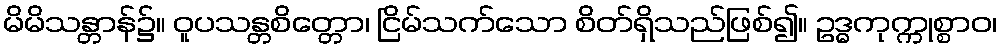
မိမိသန္တာန်၌။ ဝူပသန္တစိတ္တော၊ ငြိမ်သက်သော စိတ်ရှိသည်ဖြစ်၍။ ဥဒ္ဓကုက္ကုစ္စာဝ၊